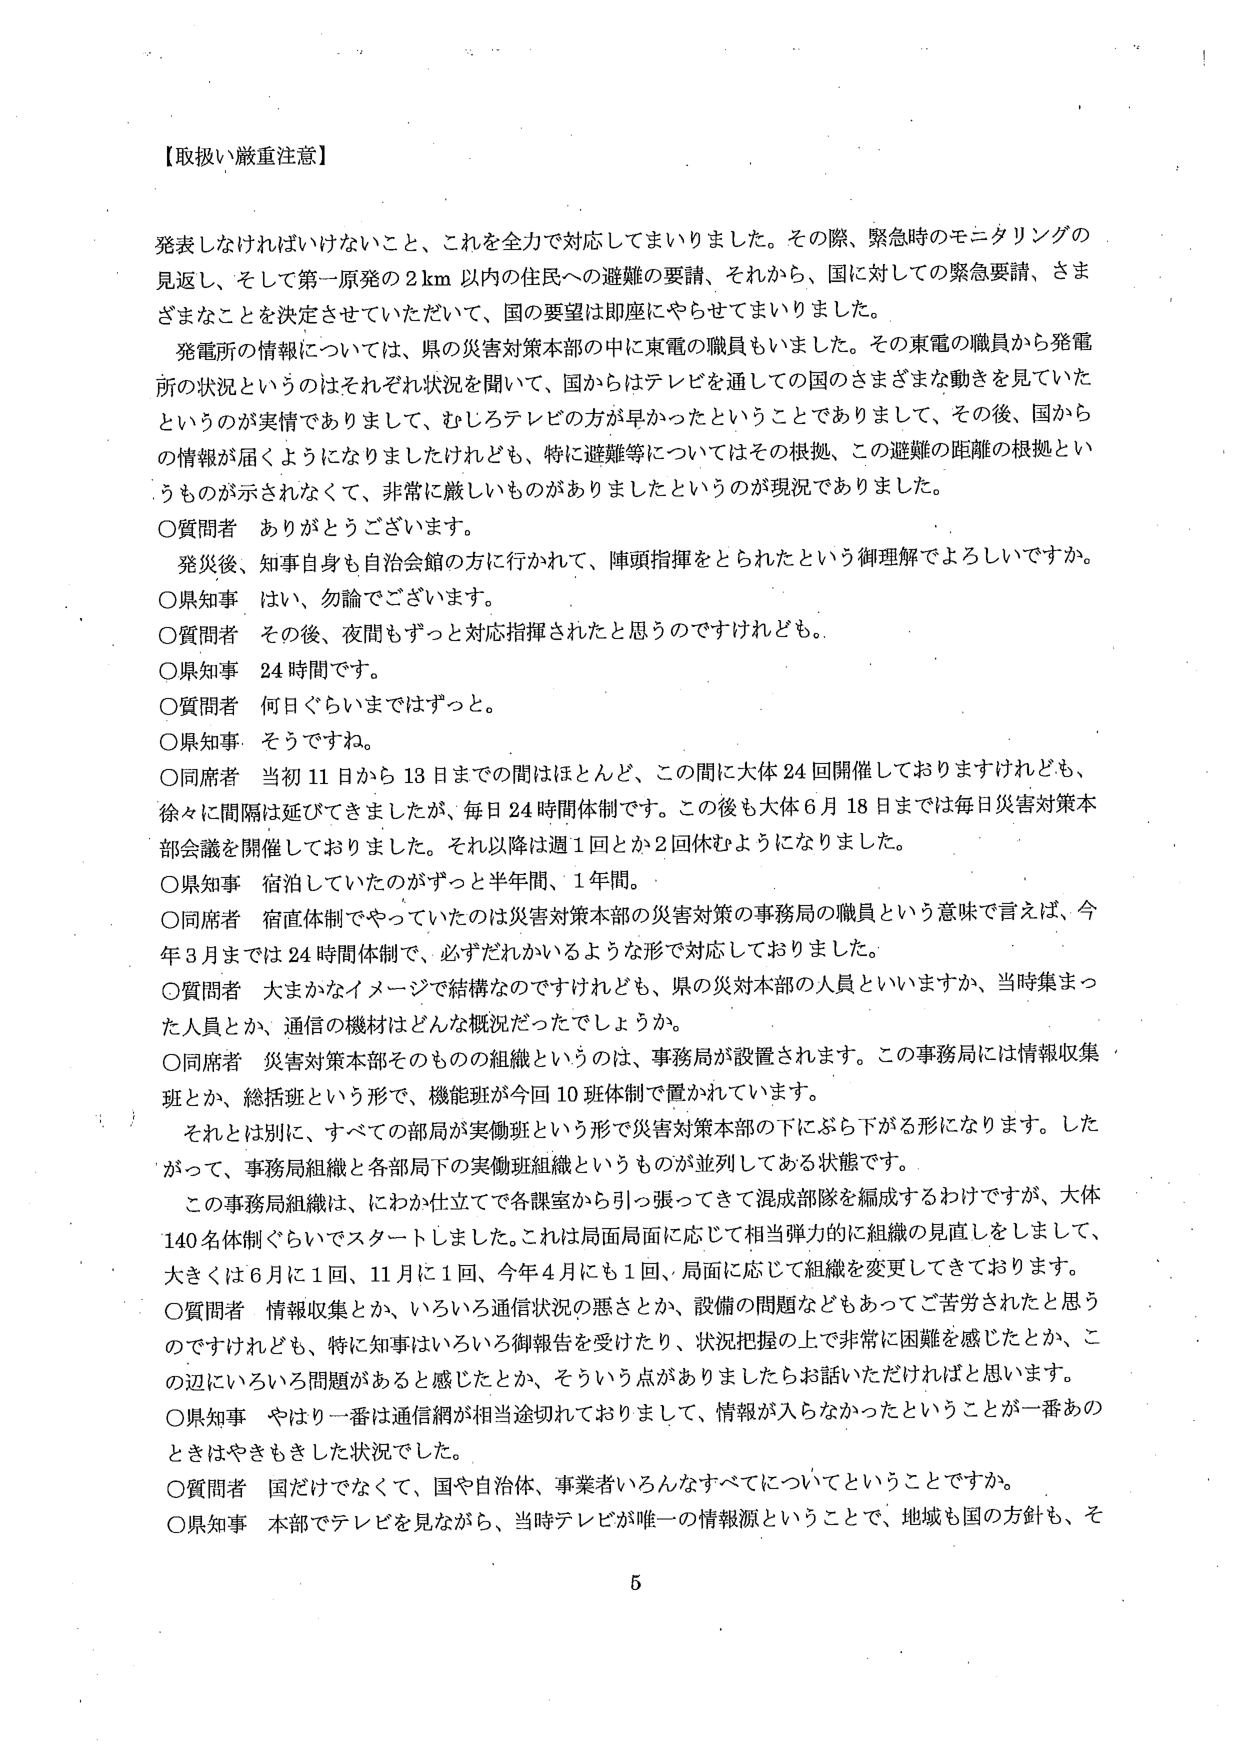
【取扱い厳重注意】

発表しなければいけないこと、これを全力で対応してまいりました。その際、緊急時のモニタリングの見返し、そして第一原発の2km以内の住民への避難の要請、それから、国に対しての緊急要請、さまざまなことを決定させていただいて、国の要望は即座にやらせてまいりました。

発電所の情報については、県の災害対策本部の中に東電の職員もいました。その東電の職員から発電所の状況というのはそれぞれ状況を聞いて、国からはテレビを通しての国のさまざまな動きを見ていたというのが実情でありまして、むしろテレビの方が早かったということであります。その後、国からの情報が届くようになりましたけれども、特に避難等についてはその根拠、この避難の距離の根拠というものが示されなくて、非常に厳しいものがありましたというのが現況であります。

〇質問者 ありがとうございます。

発災後、知事自身も自治会館の方に行かれて、陣頭指揮をとられたという御理解でよろしいですか。

〇県知事 はい、勿論でございます。

〇質問者 その後、夜間もずっと対応指揮されたと思うのですけれども。

〇県知事 24時間です。

〇質問者 何日ぐらいまではずっと。

〇県知事 そうですね。

〇同席者 当初11日から13日までの間はほとんど、この間に大体24回開催しておりますけれども、徐々に間隔は延びてきましたが、毎日24時間体制です。この後も大体6月18日までは毎日災害対策本部会議を開催しておりました。それ以降は週1回とか2回休むようになりました。

〇県知事 宿泊していたのがずっと半年間、1年間。

〇同席者 宿直体制でやっていたのは災害対策本部の災害対策の事務局の職員という意味で言えば、今年3月までは24時間体制で、必ずだれかいるような形で対応しておりました。

〇質問者 大まかなイメージで結構なのですがけれども、県の災対本部の人員といいますか、当時集まった人員とか、通信の機材はどんな概況だったでしょうか。

〇同席者 災害対策本部そのものの組織というのは、事務局が設置されます。この事務局には情報収集班とか、総括班という形で、機能班が今回10班体制で置かれています。

それとは別に、すべての部局が実働班という形で災害対策本部の下にぶら下がる形になります。したがって、事務局組織と各部局下の実働班組織というものが並列してある状態です。

この事務局組織は、にわか仕立てで各課室から引っ張ってきて混成部隊を編成するわけですが、大体140名体制ぐらいでスタートしました。これは局面局面に応じて相当弾力的に組織の見直しをしまして、大きくは6月に1回、11月に1回、今年4月にも1回、局面に応じて組織を変更してきております。

〇質問者 情報収集とか、いろいろ通信状況の悪さとか、設備の問題などもあってご苦労されたと思うのですけれども、特に知事はいろいろ御報告を受けたり、状況把握の上で非常に困難を感じたとか、この辺にいろいろ問題があると感じたとか、そういう点がありましたらお話いただければと思います。

〇県知事 やはり一番は通信網が相当途切れておりまして、情報が入らなかったということが一番のときはやきもきした状況でした。

〇質問者 国だけでなく、国や自治体、事業者いろんなすべてについてということですか。

〇県知事 本部でテレビを見ながら、当時テレビが唯一の情報源ということで、地域も国の方針も、そ

5